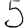
Digit: 5